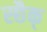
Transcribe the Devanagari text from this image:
स्छैक्